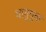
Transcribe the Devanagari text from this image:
धातुयुक्त